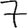
Digit: 7